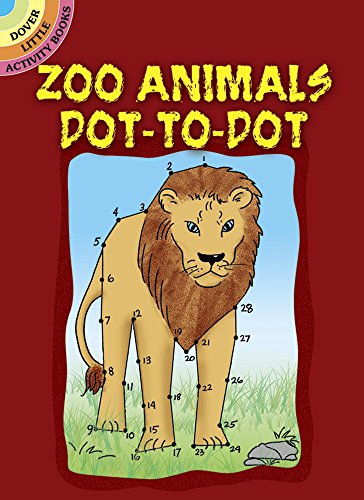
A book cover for Zoo Animals Dot-to-Dot (Dover Little Activity Books); Barbara Soloff Levy; Children's Books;